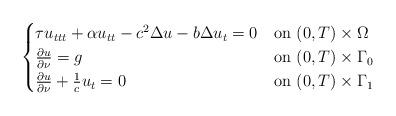
LaTeX: \begin{align*} \begin{cases}\tau u_{ttt} + \alpha u_{tt} -c^2 \Delta u -b \Delta u_t =0 & \textrm{on $(0,T)\times\Omega$}\\\frac{\partial u}{\partial \nu}=g & \textrm{on $(0,T)\times\Gamma_0$}\\\frac{\partial u}{\partial \nu}+\frac{1}{c}u_t=0 & \textrm{on $(0,T)\times\Gamma_1$}\end{cases}\end{align*}